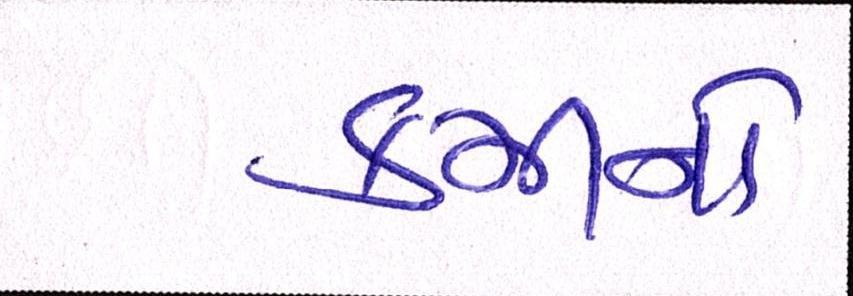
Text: કમીનો